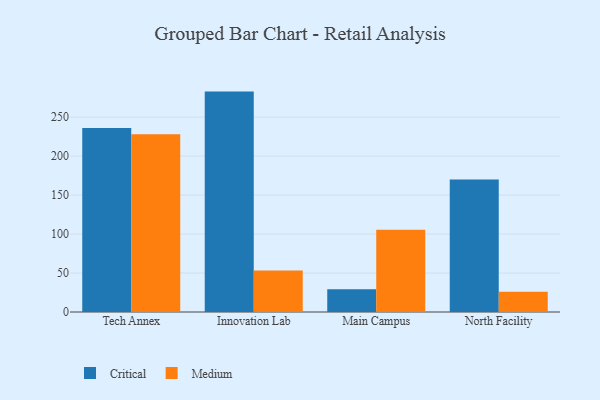
{"axis": {"x": "Campus", "y": "Page Views"}, "legend": ["Critical", "Medium"], "data": [{"x": "Tech Annex", "y": 236.2, "type": "Critical"}, {"x": "Tech Annex", "y": 228.2, "type": "Medium"}, {"x": "Innovation Lab", "y": 282.8, "type": "Critical"}, {"x": "Innovation Lab", "y": 53.2, "type": "Medium"}, {"x": "Main Campus", "y": 29.2, "type": "Critical"}, {"x": "Main Campus", "y": 105.5, "type": "Medium"}, {"x": "North Facility", "y": 170.1, "type": "Critical"}, {"x": "North Facility", "y": 25.9, "type": "Medium"}]}